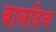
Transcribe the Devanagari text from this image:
बालदित्य